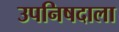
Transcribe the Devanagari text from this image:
उपनिषदाला